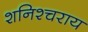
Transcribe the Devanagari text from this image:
शनिश्चराय